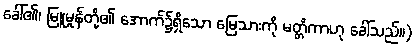
ခေါ်၏၊ မြူမှုန်တို့၏ အောက်၌ရှိသော မြေသားကို မတ္တိကာဟု ခေါ်သည်။)